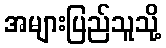
အများပြည်သူသို့